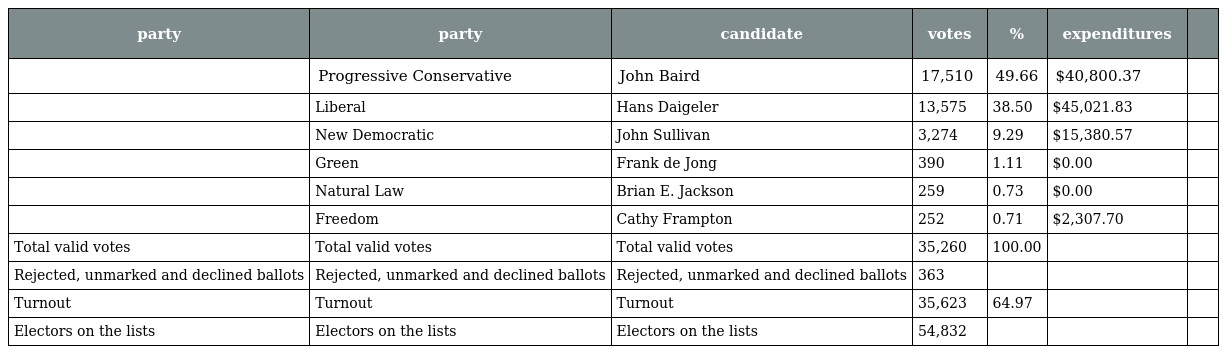
| party | party | candidate | votes | % | expenditures |  |
 | --- | --- | --- | --- | --- | --- | --- |
 |  | Progressive Conservative | John Baird | 17,510 | 49.66 | $40,800.37 |  |
 |  | Liberal | Hans Daigeler | 13,575 | 38.50 | $45,021.83 |  |
 |  | New Democratic | John Sullivan | 3,274 | 9.29 | $15,380.57 |  |
 |  | Green | Frank de Jong | 390 | 1.11 | $0.00 |  |
 |  | Natural Law | Brian E. Jackson | 259 | 0.73 | $0.00 |  |
 |  | Freedom | Cathy Frampton | 252 | 0.71 | $2,307.70 |  |
 | Total valid votes | Total valid votes | Total valid votes | 35,260 | 100.00 |  |  |
 | Rejected, unmarked and declined ballots | Rejected, unmarked and declined ballots | Rejected, unmarked and declined ballots | 363 |  |  |  |
 | Turnout | Turnout | Turnout | 35,623 | 64.97 |  |  |
 | Electors on the lists | Electors on the lists | Electors on the lists | 54,832 |  |  |  |